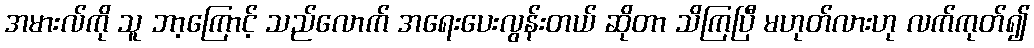
အမားလ်ကို သူ ဘာ့ကြောင့် သည်လောက် အရေးပေးလွန်းတယ် ဆိုတာ သိကြပြီ မဟုတ်လားဟု လက်ကုတ်၍